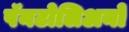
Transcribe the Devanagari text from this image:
पॅनटोलिअनो